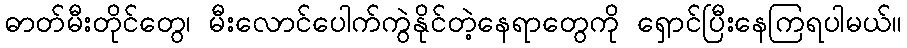
ဓာတ်မီးတိုင်တွေ၊ မီးလောင်ပေါက်ကွဲနိုင်တဲ့နေရာတွေကို ရှောင်ပြီးနေကြရပါမယ်။